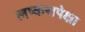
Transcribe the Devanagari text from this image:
लष्करापेक्षा